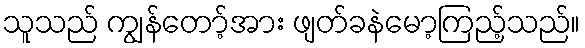
သူသည် ကျွန်တော့်အား ဖျတ်ခနဲမော့ကြည့်သည်။